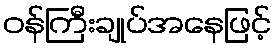
ဝန်ကြီးချုပ်အနေဖြင့်